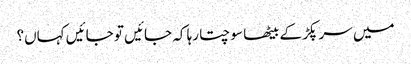
میں سر پکڑ کے بیٹھا سوچتا رہا کہ جائیں تو جائیں کہاں؟